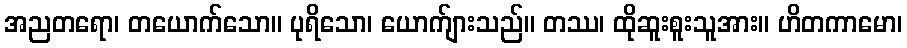
အညတရော၊ တယောက်သော။ ပုရိသော၊ ယောက်ျားသည်။ တဿ၊ ထိုဆူးစူးသူအား။ ဟိတကာမော၊